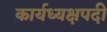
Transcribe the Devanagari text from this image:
कार्यध्यक्षपदी